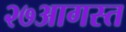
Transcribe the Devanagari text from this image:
२७आगस्त